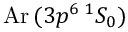
\mathrm { A r } \, ( 3 p ^ { 6 } \, ^ { 1 } S _ { 0 } )